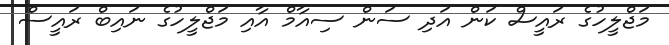
މަޖްލީހުގެ ރައީސް ކަން އަދި ސަން ސިއާމް އާއި މަޖްލީހުގެ ނައިބް ރައީސް